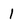
Character: 1